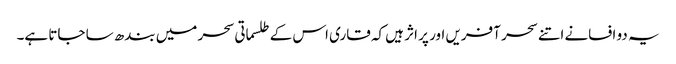
یہ دو افسانے اتنے سحر آفریں اور پر اثر ہیں کہ قاری اس کے طلسماتی سحر میں بندھ سا جاتا ہے۔